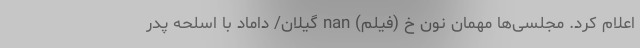
اعلام کرد. مجلسی‌ها مهمان نون خ (فیلم) nan گیلان/ داماد با اسلحه پدر